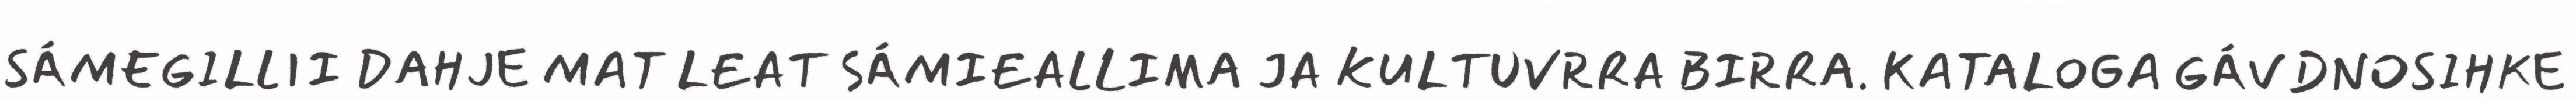
SÁMEGILLII DAHJE MAT LEAT SÁMIEALLIMA JA KULTUVRRA BIRRA. KATALOGA GÁVDNOSIHKE